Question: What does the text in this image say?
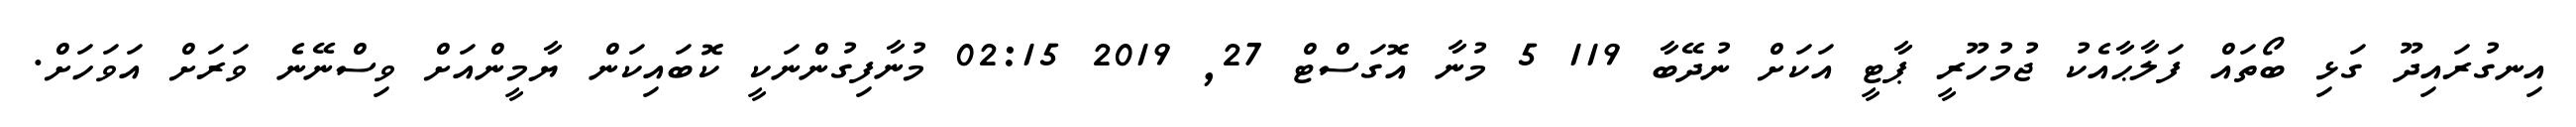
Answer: އިނގުރައިދޫ ގަޅި ބޯތައް ފަލާޙާއެކު ޖުމުހޫރީ ޕާޓީ އަކަށް ނުދޭބާ 119 5 މުނާ އޮގަސްޓް 27, 2019 02:15 މުނާފިގުންނަކީ ކޮބައިކަން ޔާމީންއަށް ވިސްނޭނެ ވަރަށް އަވަހަށް.